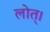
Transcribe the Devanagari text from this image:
लोत्।